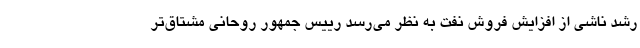
رشد ناشی از افزایش فروش نفت به نظر می‌رسد رییس جمهور روحانی مشتاق‌تر